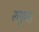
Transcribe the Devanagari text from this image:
रूफुस